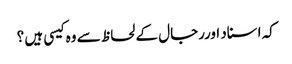
کہ اسناد اوررجال کے لحاظ سے وہ کیسی ہیں ؟